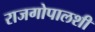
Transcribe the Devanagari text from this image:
राजगोपालशी